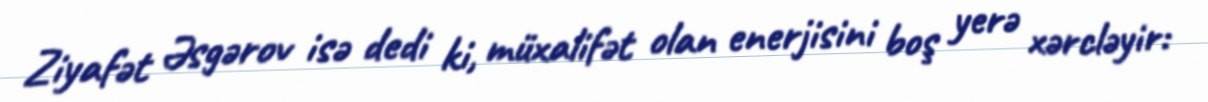
Ziyafət Əsgərov isə dedi ki, müxalifət olan enerjisini boş yerə xərcləyir: